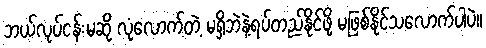
ဘယ်လုပ်ငန်းမဆို လုံလောက်တဲ့ မရှိဘဲနဲ့ရပ်တည်နိုင်ဖို့ မဖြစ်နိုင်သလောက်ပါပဲ။